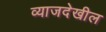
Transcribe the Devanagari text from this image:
व्याजदेखील